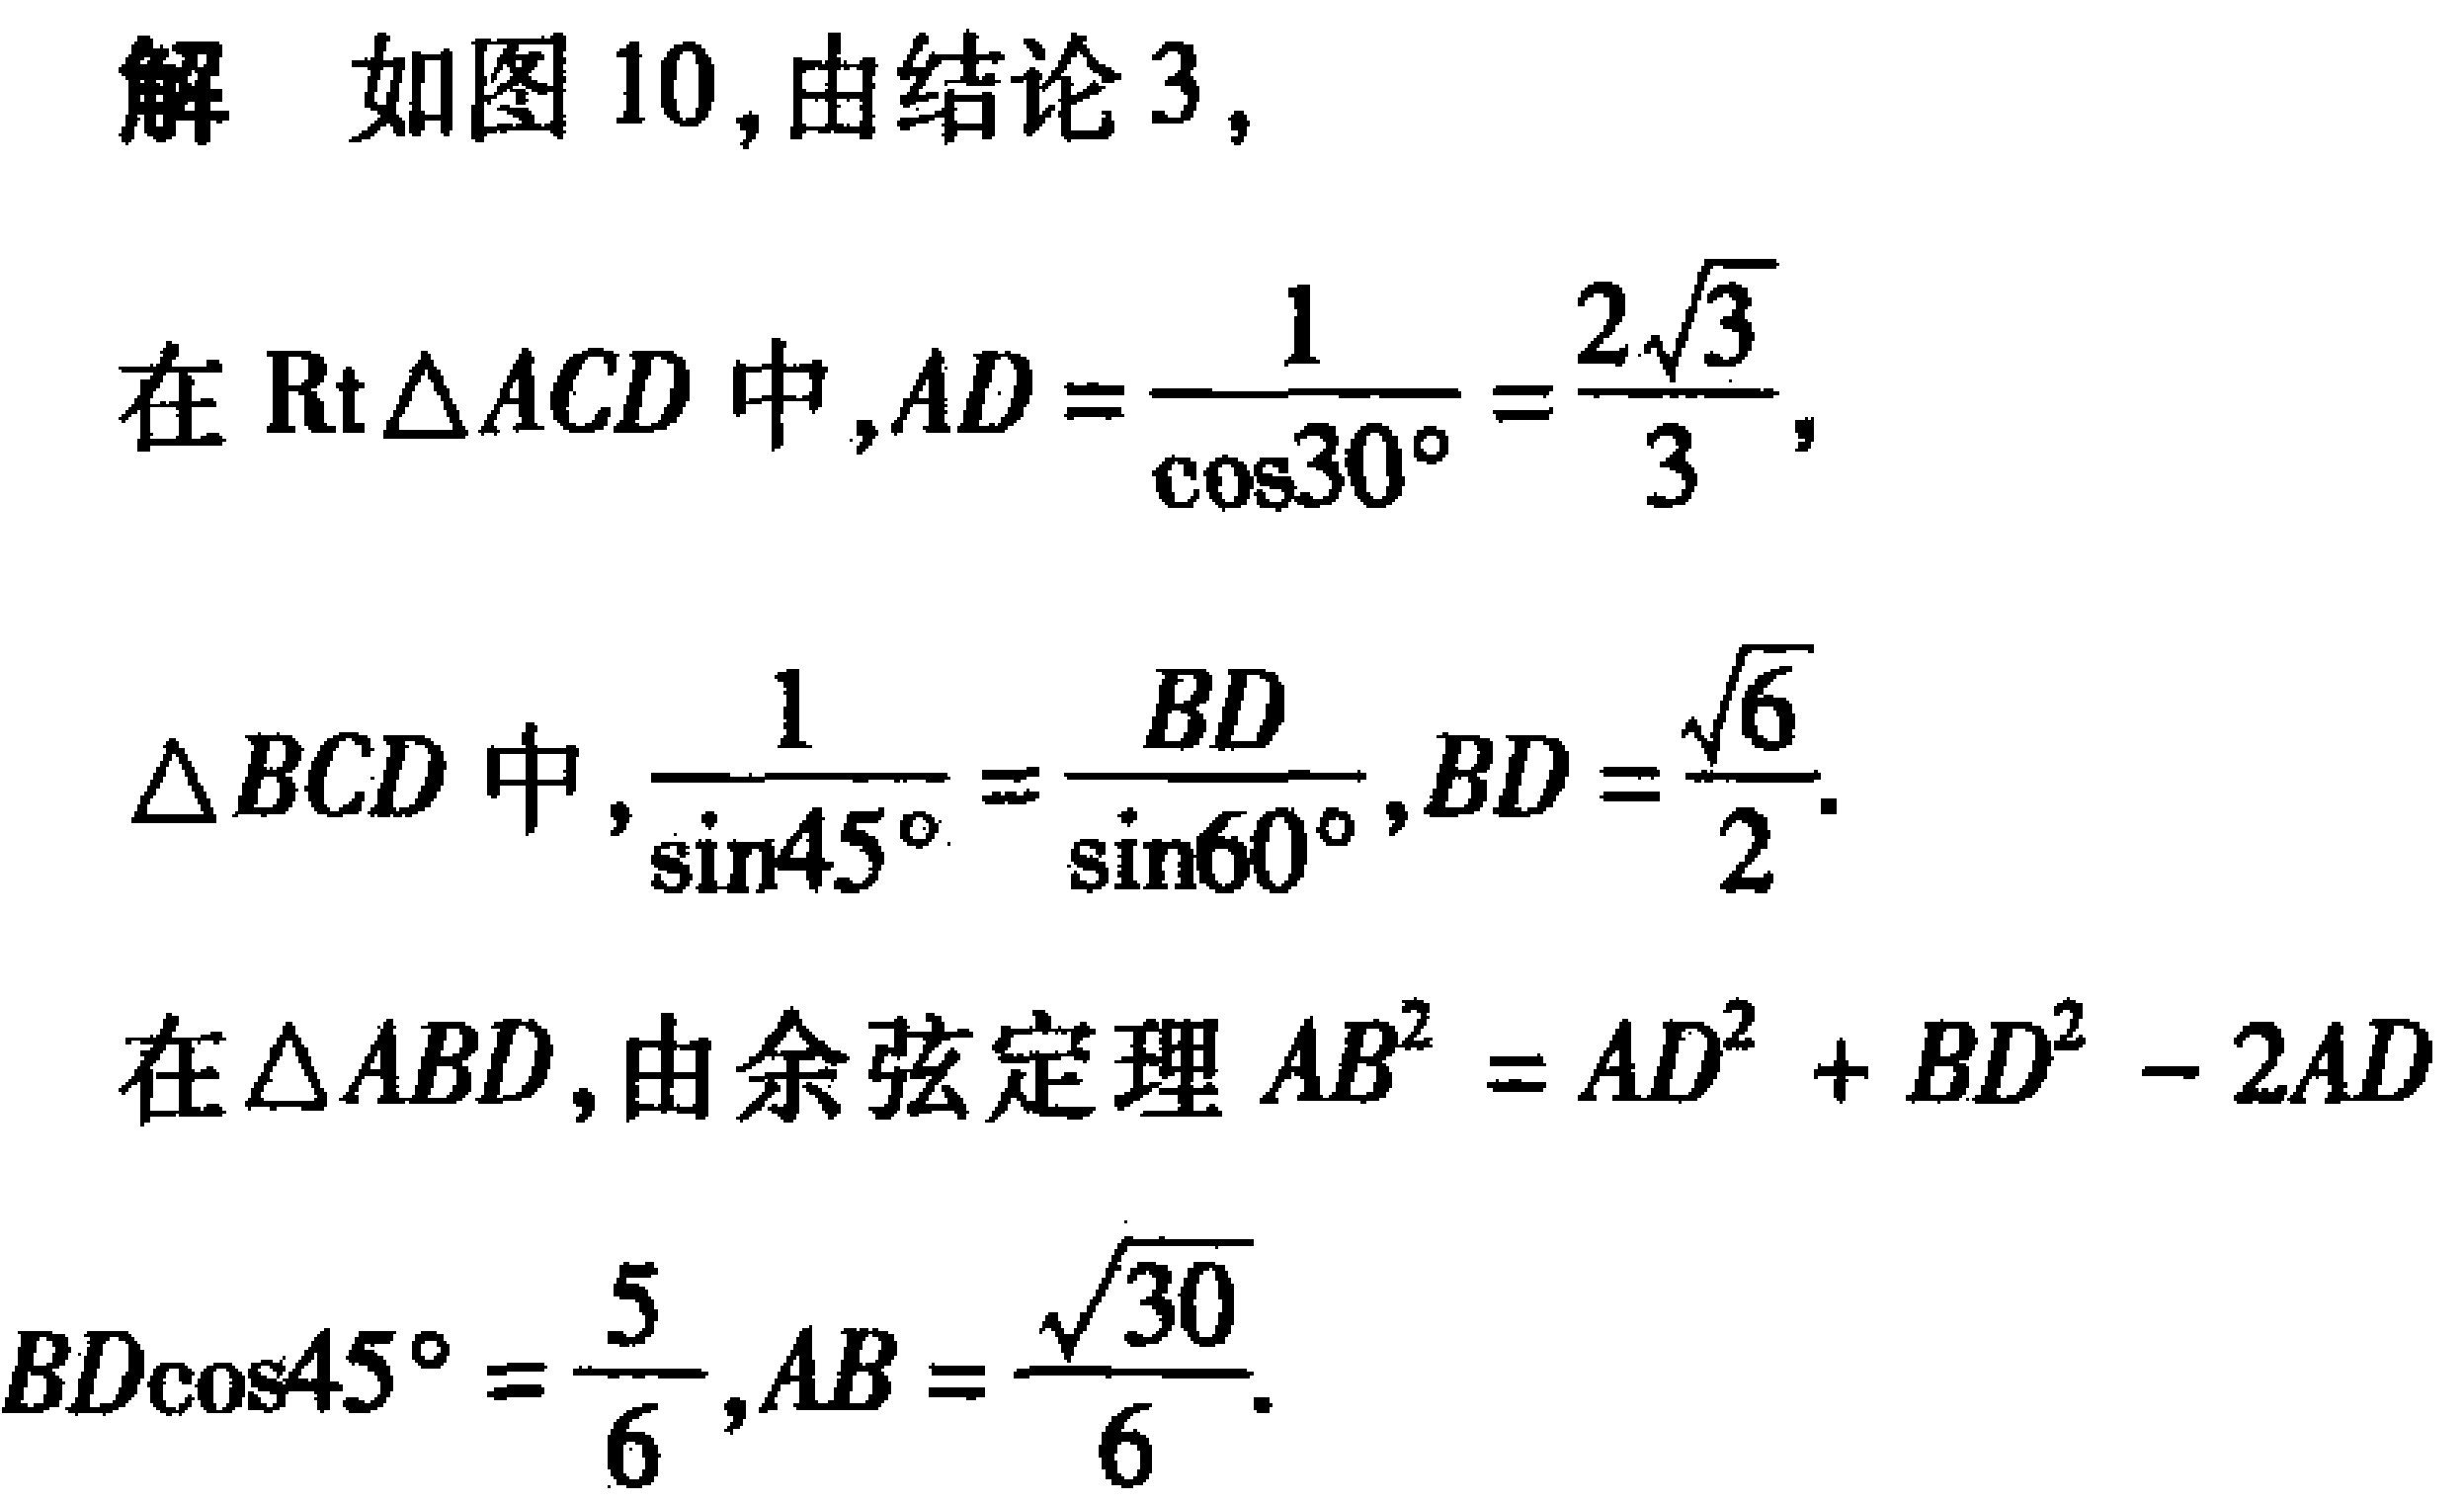
解 如图 10,由结论 3,
在$\text{Rt}\triangle ACD$中,$AD = \frac{1}{\cos30^{\circ}}=\frac{2\sqrt{3}}{3}$,
$\triangle BCD$中,$\frac{1}{\sin45^{\circ}}=\frac{BD}{\sin60^{\circ}},BD = \frac{\sqrt{6}}{2}$.
在$\triangle ABD$,由余弦定理$AB^{2}=AD^{2}+BD^{2}-2AD$
$BD\cos45^{\circ}=\frac{5}{6},AB = \frac{\sqrt{30}}{6}$.